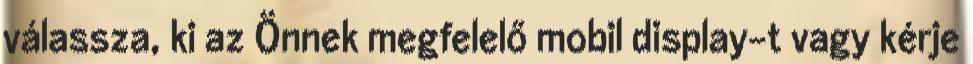
válassza, ki az Önnek megfelelő mobil display-t vagy kérje